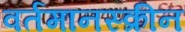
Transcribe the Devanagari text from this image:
वर्तमानस्क्रीन